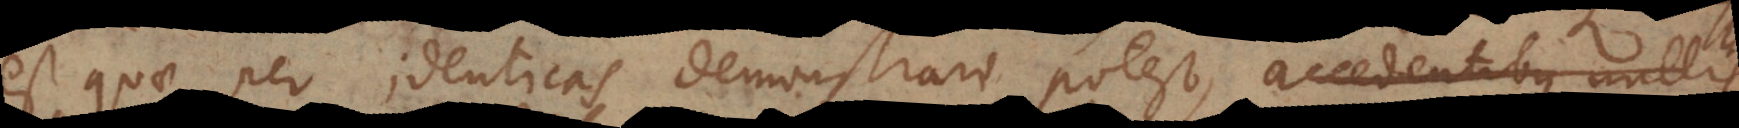
est quae per identicas demonstrari potest, accedentibus nullis